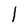
Character: l